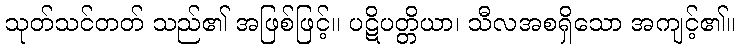
သုတ်သင်တတ် သည်၏ အဖြစ်ဖြင့်။ ပဋိပတ္တိယာ၊ သီလအစရှိသော အကျင့်၏။